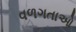
વળગતાઓ